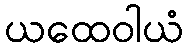
ယထေဝါယံ